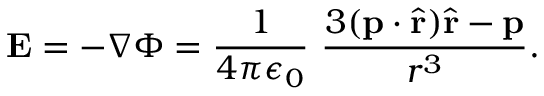
\mathbf { E } = - \nabla \Phi = { \frac { 1 } { 4 \pi \epsilon _ { 0 } } } \ { \frac { 3 ( \mathbf { p } \cdot { \hat { \mathbf { r } } } ) { \hat { \mathbf { r } } } - \mathbf { p } } { r ^ { 3 } } } .